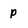
Character: p